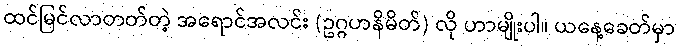
ထင်မြင်လာတတ်တဲ့ အရောင်အလင်း (ဥဂ္ဂဟနိမိတ်) လို ဟာမျိုးပါ။ ယနေ့ခေတ်မှာ